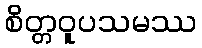
စိတ္တဝူပသမဿ